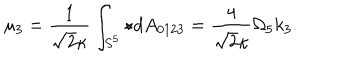
LaTeX: \mu _ { 3 } = \frac { 1 } { \sqrt { 2 } \kappa } \int _ { S ^ { 5 } } \star d A _ { 0 1 2 3 } = \frac { 4 } { \sqrt { 2 } \kappa } \Omega _ { 5 } k _ { 3 } .